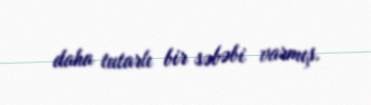
daha tutarlı bir səbəbi varmış.